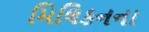
મિલિકનના